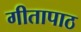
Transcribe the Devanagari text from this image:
गीतापाठ